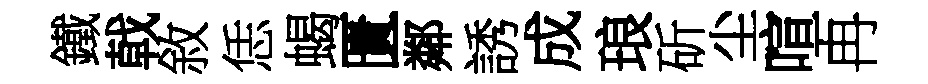
鐵戟敘恁蝎匱鄰誘成琅斫尘喧冉